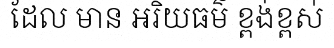
ដែល មាន អរិយធម៌ ខ្ពង់ខ្ពស់